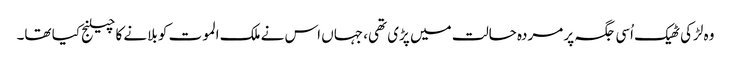
وہ لڑکی ٹھیک اُسی جگہ پر مردہ حالت میں پڑی تھی، جہاں اس نے ملک الموت کو بلانے کا چیلنج کیا تھا۔